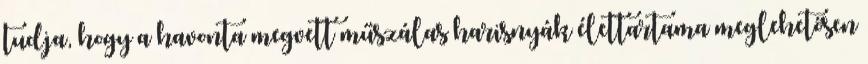
tudja, hogy a havonta megvett műszálas harisnyák élettartama meglehetősen